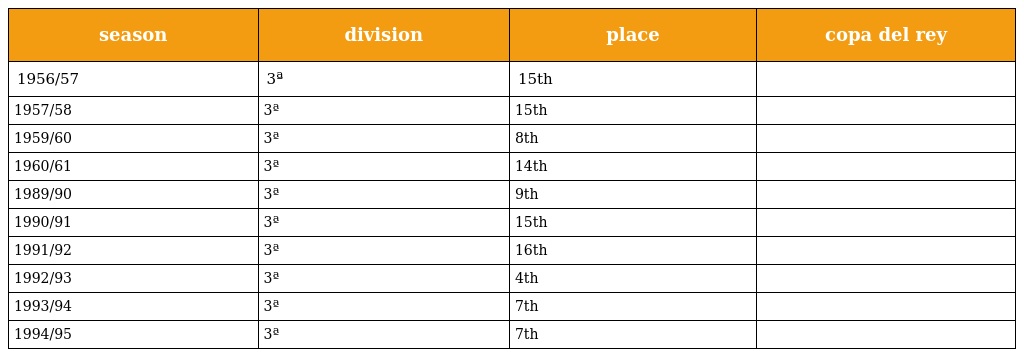
| season | division | place | copa del rey |
 | --- | --- | --- | --- |
 | 1956/57 | 3ª | 15th |  |
 | 1957/58 | 3ª | 15th |  |
 | 1959/60 | 3ª | 8th |  |
 | 1960/61 | 3ª | 14th |  |
 | 1989/90 | 3ª | 9th |  |
 | 1990/91 | 3ª | 15th |  |
 | 1991/92 | 3ª | 16th |  |
 | 1992/93 | 3ª | 4th |  |
 | 1993/94 | 3ª | 7th |  |
 | 1994/95 | 3ª | 7th |  |